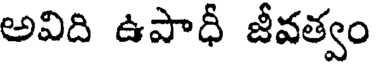
అవిది ఉపాధీ జీవత్వం